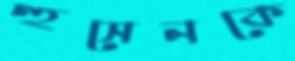
হুসেনকে